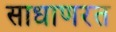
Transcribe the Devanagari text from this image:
साधाणरत